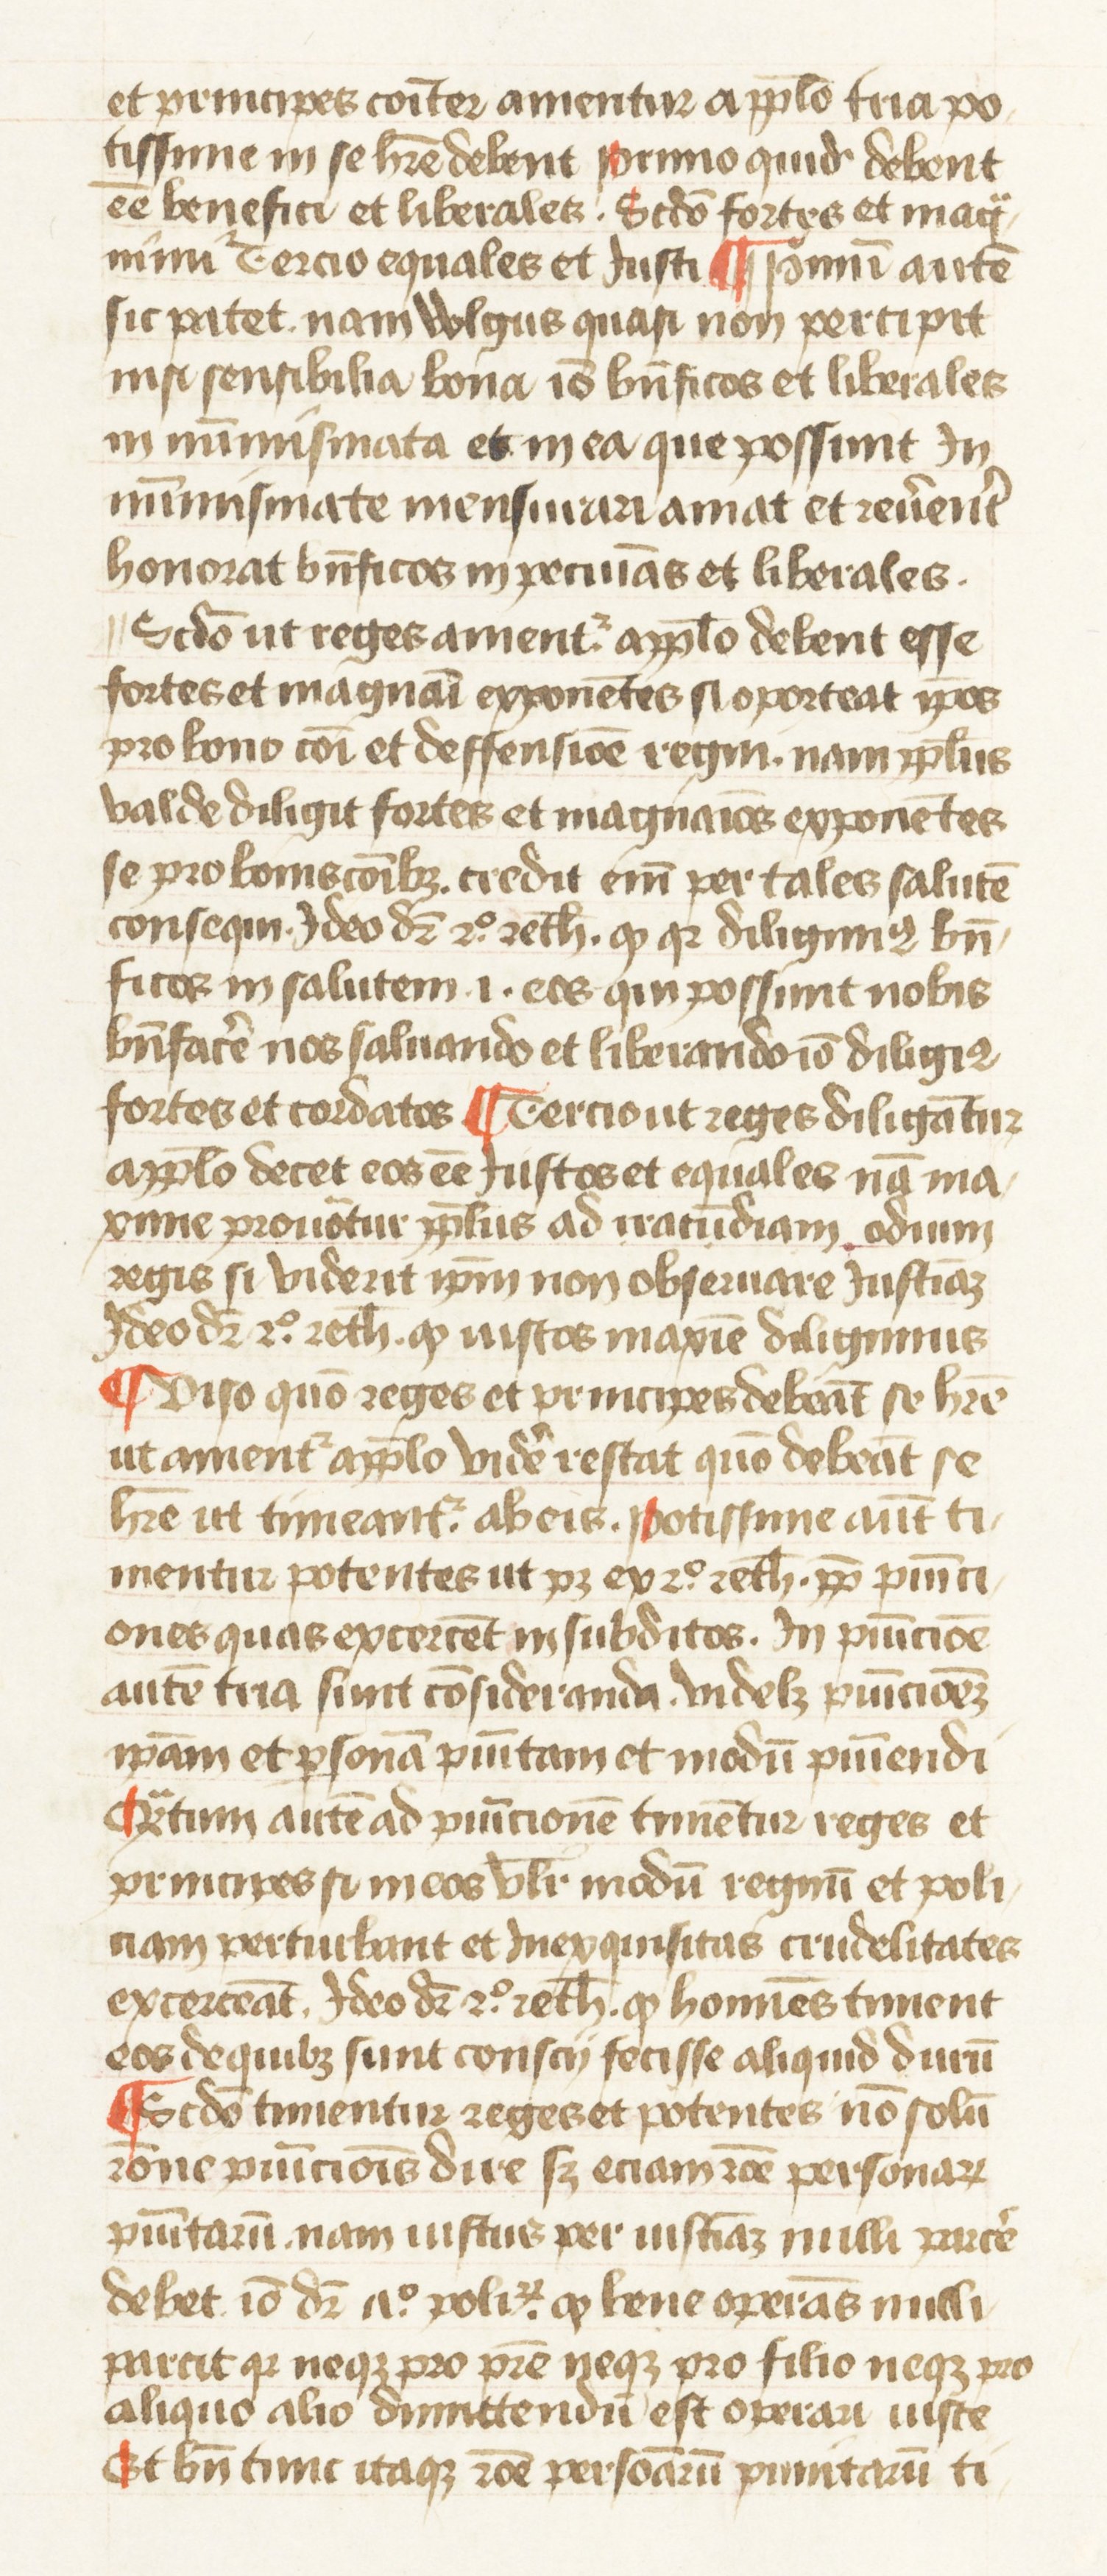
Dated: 1445–1495